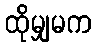
ထိုမျှမက